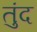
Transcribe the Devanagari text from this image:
तुंद